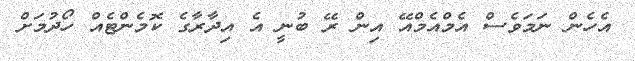
އެހެން ނަމަވެސް އެމްއެމްއޭ އިން ރޭ ބުނީ އެ އިދާރާގެ ކޮމެންޓެއް ހޯދުމަށް